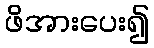
ဖိအားပေး၍